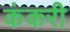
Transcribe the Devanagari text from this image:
कंकरी